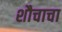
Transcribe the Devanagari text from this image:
शौचाचा